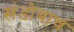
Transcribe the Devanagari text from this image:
खंडोबाचं